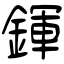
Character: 鍕